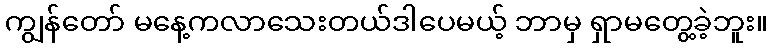
ကျွန်တော် မနေ့ကလာသေးတယ်ဒါပေမယ့် ဘာမှ ရှာမတွေ့ခဲ့ဘူး။